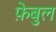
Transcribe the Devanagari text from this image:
फ़ेबुल